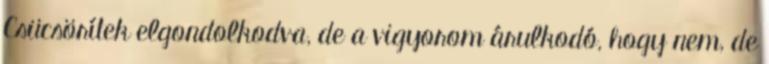
Csücsörítek elgondolkodva, de a vigyorom árulkodó, hogy nem, de